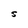
Character: S